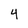
Character: 4